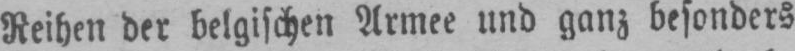
Reihen der belgischen Armee und ganz besonders